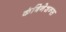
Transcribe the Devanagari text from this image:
कंबिनेशन्स